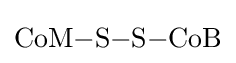
{\ce {CoM-S-S-CoB}}